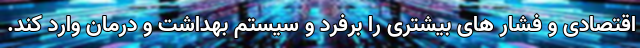
اقتصادی و فشار های بیشتری را برفرد و سیستم بهداشت و درمان وارد کند.